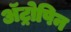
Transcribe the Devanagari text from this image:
अॅट्रोपिन